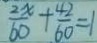
\frac { 2 x } { 6 0 } + \frac { 4 2 } { 6 0 } = 1